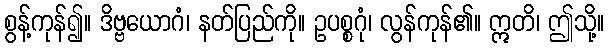
စွန့်ကုန်၍။ ဒိဗ္ဗယောဂံ၊ နတ်ပြည်ကို။ ဥပစ္စဂုံ၊ လွန်ကုန်၏။ ဣတိ၊ ဤသို့။